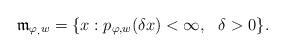
LaTeX: \begin{align*} \mathfrak{m}_{\varphi_, w}= \{x : p_{\varphi,w}(\delta x) < \infty, \,\, \,\, \delta >0\}. \end{align*}